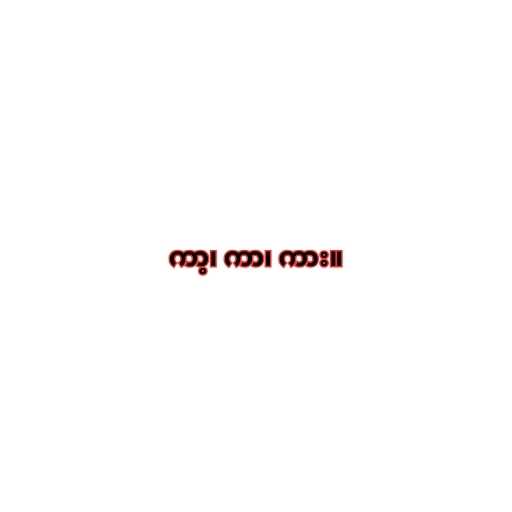
ကာ့၊ ကာ၊ ကား။